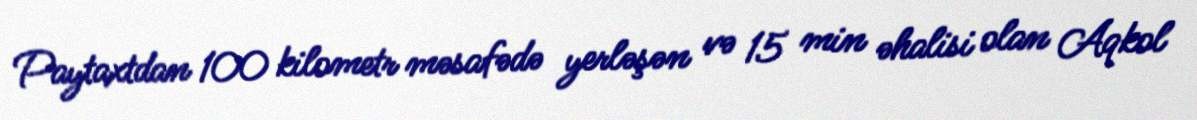
Paytaxtdan 100 kilometr məsafədə yerləşən və 15 min əhalisi olan Aqkol